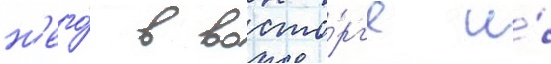
н'его́ в восто́рг'е и́